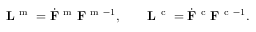
{ \bf L } ^ { \mathrm { ~ m ~ } } = \dot { { \bf F } } ^ { \mathrm { ~ m ~ } } { \bf F } ^ { \mathrm { ~ m ~ } - 1 } , \qquad { \bf L } ^ { \mathrm { ~ c ~ } } = \dot { { \bf F } } ^ { \mathrm { ~ c ~ } } { \bf F } ^ { \mathrm { ~ c ~ } - 1 } .